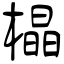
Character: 橸